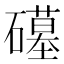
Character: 𮁒